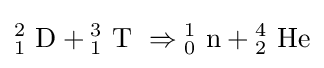
{{\mathrm {^{2}_{1}~D} }{}+{}{\mathrm {^{3}_{1}~T} }~\Rightarrow {\mathrm {^{1}_{0}~n} }{}+{}{\mathrm {^{4}_{2}~He} }}